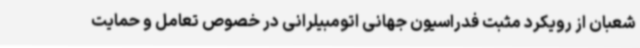
شعبان از رویکرد مثبت فدراسیون جهانی اتومبیلرانی در خصوص تعامل و حمایت